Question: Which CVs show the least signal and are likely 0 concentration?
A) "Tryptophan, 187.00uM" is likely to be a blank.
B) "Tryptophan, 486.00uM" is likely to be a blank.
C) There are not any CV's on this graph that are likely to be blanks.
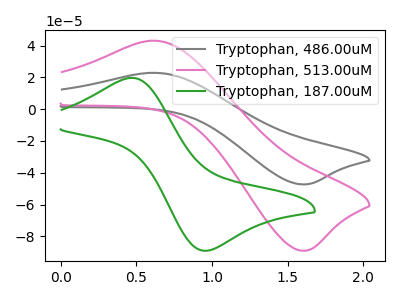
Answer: <think>The gray curve "Tryptophan, 486.00uM" has an anodic peak at (0.60V, 22.90uA) and a cathodic peak at (1.60V, -47.30uA). The pink curve "Tryptophan, 513.00uM" has an anodic peak at (0.60V, 43.10uA) and a cathodic peak at (1.60V, -89.05uA). The green curve "Tryptophan, 187.00uM" has an anodic peak at (0.45V, 19.70uA) and a cathodic peak at (0.95V, -89.00uA).</think>
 <answer>C) There are not any CV's on this graph that are likely to be blanks.</answer>
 <eval>C</eval>